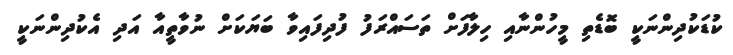
ކުޑަކުދިންނަކީ ބޮޑެތި މީހުންނާއި ހިލާފަށް ތަސައްރަފު ފުދިފައިވާ ބަޔަކަށް ނުވާތީއާ އަދި އެކުދިންނަކީ